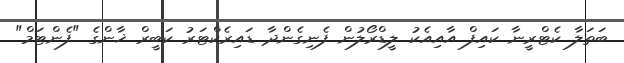
ބަތަލާ ކެޓްރީނާ ކައިފް އާއިއެކު ލީޑްރޯލުން ފެނިގެންދާ ޑައިރެކްޓަރު ކަބީރް ޚާންގެ "ފެންޓަމް"